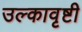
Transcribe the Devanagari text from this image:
उल्कावृष्टी